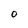
Character: O